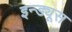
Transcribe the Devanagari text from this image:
इन्ड्यूस